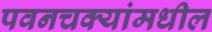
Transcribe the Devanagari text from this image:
पवनचक्यांमधील